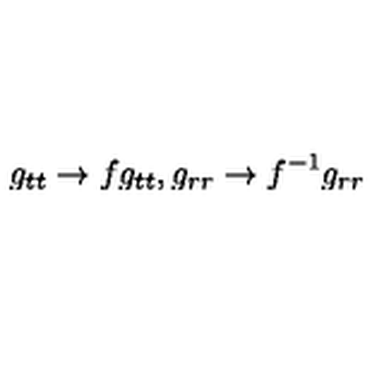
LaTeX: g _ { t t } \rightarrow f g _ { t t } , g _ { r r } \rightarrow f ^ { - 1 } g _ { r r }